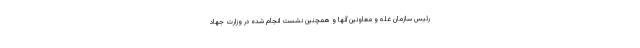
رئیس سازمان غله و معاونین آنها و همچنین نشست‌ انجام شده در وزارت جهاد